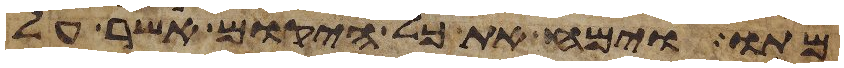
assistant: מתו וימח את כל היקום אשר על